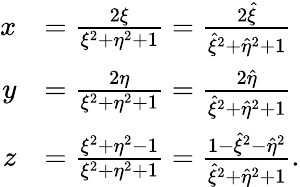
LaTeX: \begin{array}{rl}{x}&{=\frac{2\xi}{\xi^{2}+\eta^{2}+1}=\frac{2\hat{\xi}}{\hat{\xi}^{2}+\hat{\eta}^{2}+1}}\\ {y}&{=\frac{2\eta}{\xi^{2}+\eta^{2}+1}=\frac{2\hat{\eta}}{\hat{\xi}^{2}+\hat{\eta}^{2}+1}}\\ {z}&{=\frac{\xi^{2}+\eta^{2}-1}{\xi^{2}+\eta^{2}+1}=\frac{1-\hat{\xi}^{2}-\hat{\eta}^{2}}{\hat{\xi}^{2}+\hat{\eta}^{2}+1}.}\end{array}